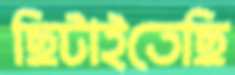
ছিটাইতেছি